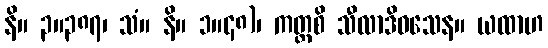
နိ။ ၃။၃၈၇၊ သံ။ နိ။ ၁။၄၈)၊ ကတ္ထစိ သီလာဒိဝသေန။ ယထာဟ